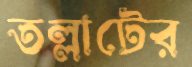
তল্লাটের